Insane asylums in Bengal annual reports 1867-1875 - 1867-1875
Year: 1867
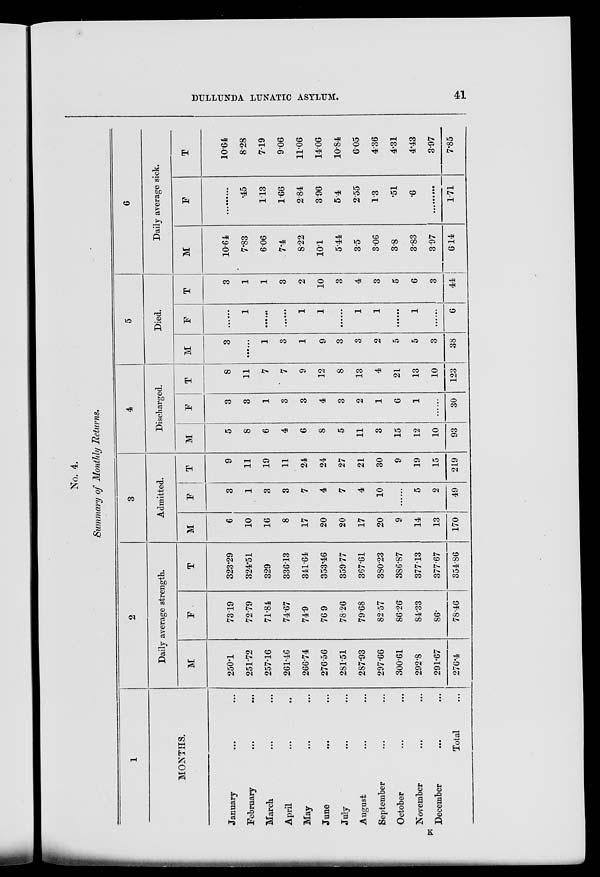
DULLUNDA LUNATIC ASYLUM.
41
No. 4.
Summary of Monthly Returns.
1
MONTHS.
January ... ...
February ... ....
March ... ...
April ... ...
May ... ...
June ... ...
July ... ...
August ... ...
September ... ...
October ... ...
November ... ...
December ... ...
Total ...
2
Daily average strength.
M
250.1
251.72
257.16
261.46
266.74
276.56
281.51
287.93
297.66
300.61
292.8
291.67
276.4
F
73.19
72.79
71.84
74.67
74.9
76.9
78.26
79.68
82.57
86.26
84.33
86.
78.46
T
323.29
324.51
329
336.13
341.64
353.46
359.77
367.61
380.23
386.87
377.13
377.67
354.86
3
Admitted.
M
6
10
16
8
17
20
20
17
20
9
14
13
170
F
3
1
3
3
7
4
7
4
10
......
5
2
49
T
9
11
19
11
24
24
27
21
30
9
19
15
219
4
Discharged.
M
5
8
6
4
6
8
5
11
3
15
12
10
93
F
3
3
1
3
3
4
3
2
1
6
1
......
30
T
8
11
7
7
9
12
8
13
4
21
13
10
123
5
Died.
M
3
......
1
3
1
9
3
3
2
5
5
3
38
F
......
1
...
...
1
1
...
1
1
......
1
......
6
T
3
1
1
3
2
10
3
4
3
5
6
3
44
6
Daily average sick.
M
10.64
7.83
6.06
7.4
8.22
10.1
5.44
3.5
3.06
3.8
3.83
3.97
6.14
F
......
.45
1.13
1.66
2.84
3.96
5.4
2.55
1.3
.51
.6
......
1.71
T
10.64
8.28
7.19
9.06
11.06
14.06
10.84
6.05
4.36
4.31
4.43
3.97
7.85
K